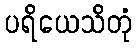
ပရိယေသိတုံ